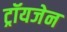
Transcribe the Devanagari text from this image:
ट्रॉयजेन